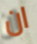
ان